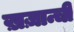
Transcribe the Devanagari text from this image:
ख़ज़ान्ची